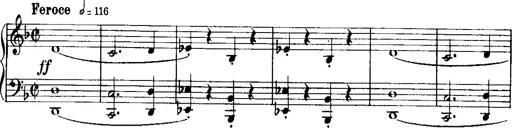
Title: Historische ungarische Bildnisse
Composer: Franz Liszt